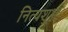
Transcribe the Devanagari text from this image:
नित्यशुभ